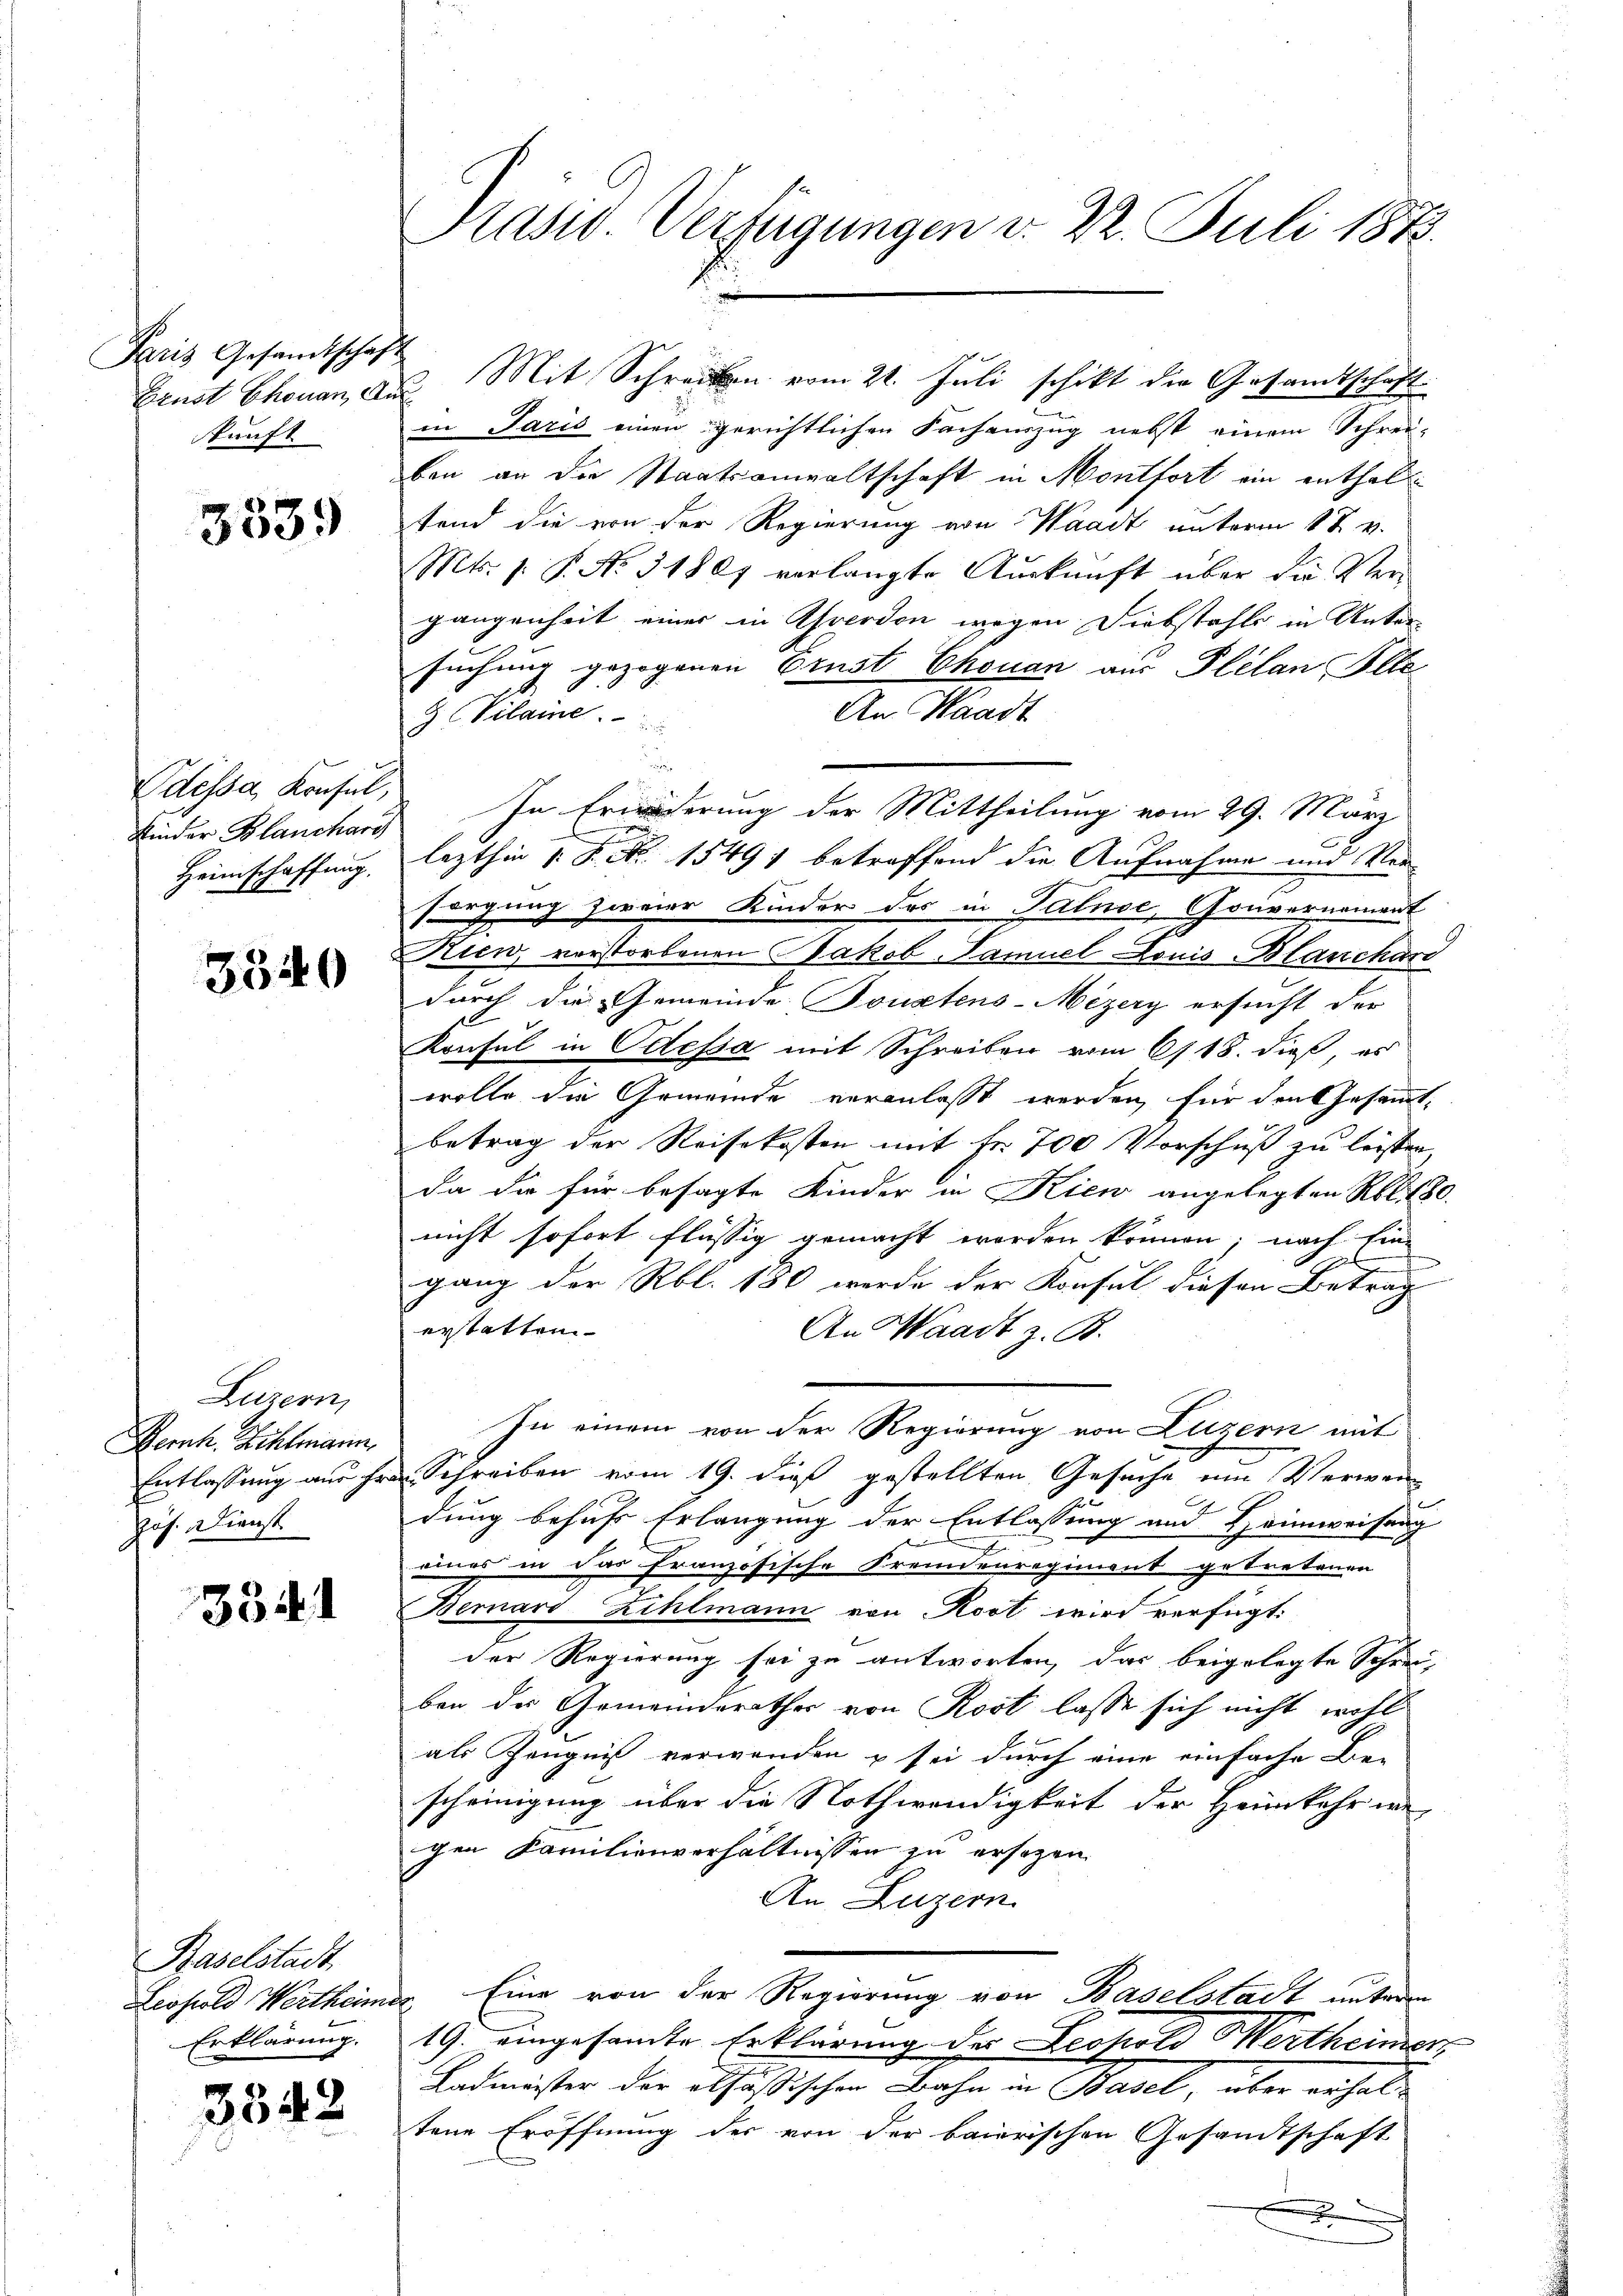
d

Paris Gesandtschaf
Ernst Chouan, d
kunft

3539

Odessa, Konsul,
Kinder Blanchari
Heimschaffung.

3340

Luzern,
Bernh. Hehlmann,
Entlassung aus Er
zös. Dienst

3341

Baselstadt.
Leopold Wertheime
Erklärung.

3342

Kaswo Verfügungen v. 22. Juli 1873.

in Paris einen gerichtlichen Fachauszug nebst einem Schrei-
ben an die Staatsanwaltschaft in Montfort ein enthalfend die von der Regierung von Waadt unterm 1t v.
Mts. f. P. No. 31867 verlangte Auskunft über die Vergangenheit einer in Averdon wegen Diebstahls in Unter-
suchung gezogenen Ernst Chouan aus Plilan Ille
An Waadt
9 (Vilaine.
a
lezthin 1 S. Nr. 15491 betreffend die Aufnahme und Ver
sorgung zweier Kinder des in Salnoe, Gouvernement
Nien, vorstorbenen Jakob Samuel Louis Blanchard
durch die Gemeinde Sonstens-Mezery ersucht der
Konsul in Odessa mit Schreiben vom 6/18. dieß, es
wolle die Gemeinde veranlaßt werden, für den Gesammtbetrag der Reisekosten mit Fr. 700 Vorschuß zu leisten
da die für besagte Kinder in Kien angelegten Rbl. 180.
nicht sofort flüssig gemacht worden können; nach Ein-
f
ganz der Rbl. 180 werde der Konsul diesen Betrag
erstatten
An Waadt z. B.
In einem von der Regierung von Luzern mit
Schreiben vom 19. dieß gestellten Gesuche um Verwan
e
dung behufs Erlangung der Entlassung und Heimweisung
eines in das französische Fremdenregiment getretenen
Bernard Zihlmann von Rost wird verfügt:
der Regierung sei zu antworten, das beigelegte Schrei-
ben des Gemeinderathes von Rost lasse sich nicht wohl
als Zeugniß verwenden & sei durch eine einfache Be-
scheinigung über die Nothwendigkeit der Heimkehr wie
gen Familienverhältnissen zu ersezen.
An Luzern
. Eine von der Regierung von Baselstadt untere
19. eingesamte Erklärung der Leopold Wertheimers
Badmeister der ablösischen Bahn in Basel, über erhaltene Eröffnung der von der baierischen Gesandtschaft
.

3. Mit Schreiben vom 21. Juli schikt die Gesandtschaft

In Erwiderung der Mittheilung vom 29. März